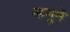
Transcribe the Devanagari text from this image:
म्हणूने